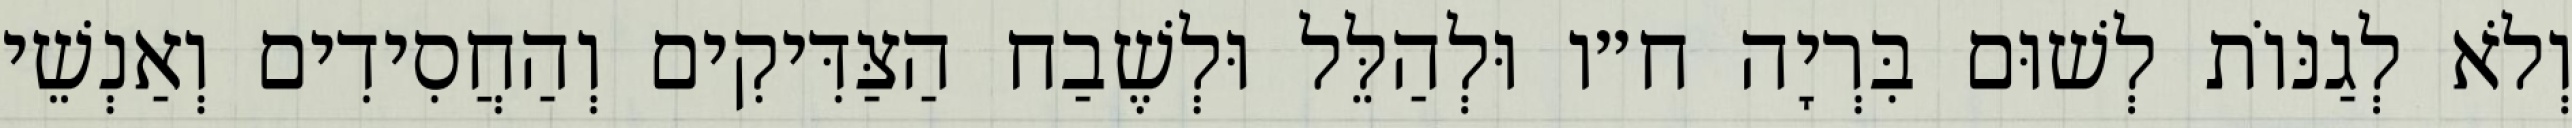
וְלֹא לְגַנּוֹת לְשׁוּם בִּרְיָה ח״ו וּלְהַלֵּל וּלְשֶׁבַח הַצַּדִּיקִים וְהַחֲסִידִים וְאַנְשֵׁי